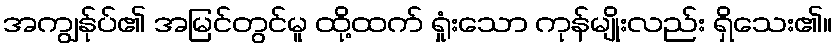
အကျွန်ုပ်၏ အမြင်တွင်မူ ထို့ထက် ရှုံးသော ကုန်မျိုးလည်း ရှိသေး၏။